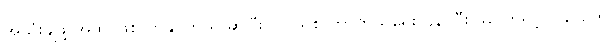
အသုံးချဖို့ အထိ ဖြစ်လာနိုင်တယ် ဆိုပြီး ပြင်သစ် ကာကွယ်ရေး ဝန်ကြီး ဖလောရင့် ပါလေက